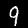
Digit: 9